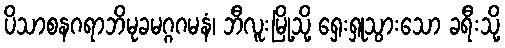
ပိသာစနဂရာဘိမုခမဂ္ဂဂမနံ၊ ဘီလူးမြို့သို့ ရှေးရှုသွားသော ခရီးသို့